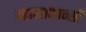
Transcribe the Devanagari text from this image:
महत्वाकान्सी